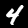
Digit: 4